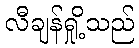
လီချန်ရှို့သည်